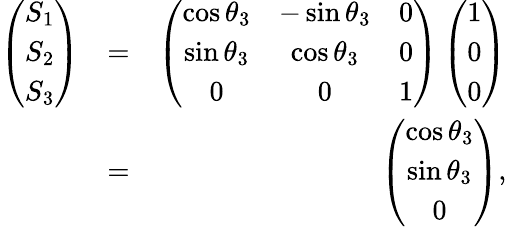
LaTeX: \begin{array}{rlr}{\left(\begin{array}{c}{S_{1}}\\ {S_{2}}\\ {S_{3}}\end{array}\right)}&{=}&{\left(\begin{array}{ccc}{\cos\theta_{3}}&{-\sin\theta_{3}}&{0}\\ {\sin\theta_{3}}&{\cos\theta_{3}}&{0}\\ {0}&{0}&{1}\end{array}\right)\left(\begin{array}{c}{1}\\ {0}\\ {0}\end{array}\right)}\\ &{=}&{\left(\begin{array}{c}{\cos\theta_{3}}\\ {\sin\theta_{3}}\\ {0}\end{array}\right),}\end{array}